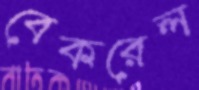
বেকরেল